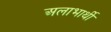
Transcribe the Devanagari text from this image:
अलाभार्थी